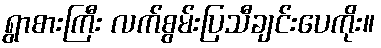
ရွာစားကြီး လက်စွမ်းပြသီချင်းပေကိုး။